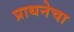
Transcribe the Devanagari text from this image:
प्राथनेचा